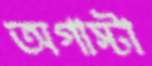
অগাস্টা